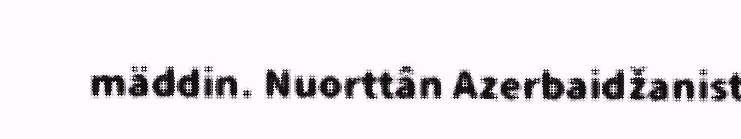
mäddin. Nuorttân Azerbaidžanist